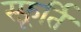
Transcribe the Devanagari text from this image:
स्फ़ूर्ति